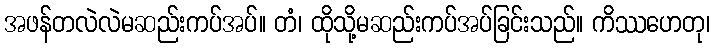
အဖန်တလဲလဲမဆည်းကပ်အပ်။ တံ၊ ထိုသို့မဆည်းကပ်အပ်ခြင်းသည်။ ကိဿဟေတု၊